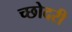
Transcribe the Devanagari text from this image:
च्छोदरी